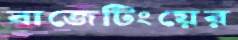
বাজেটিংয়ের